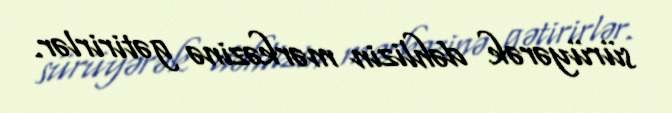
sürüyərək dəhlizin mərkəzinə gətirirlər.